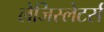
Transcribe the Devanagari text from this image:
लेजिस्लेटर्स